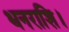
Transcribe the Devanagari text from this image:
धनराशि।